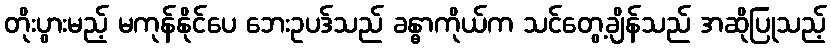
တိုးပွားမည့် မကုန်နိုင်ပေ ဘေးဥပဒ်သည် ခန္ဓာကိုယ်က သင်တွေ့ချိန်သည် အဆိုပြုသည့်